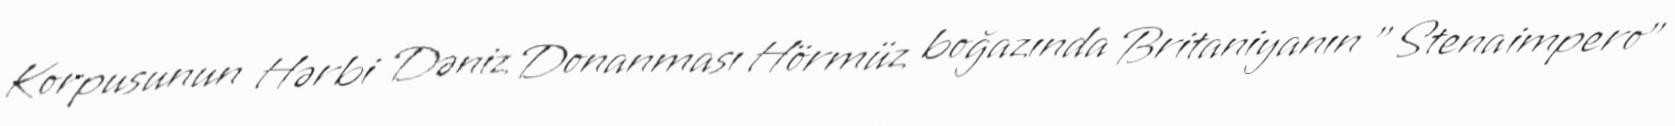
Korpusunun Hərbi Dəniz Donanması Hörmüz boğazında Britaniyanın "Stena impero"